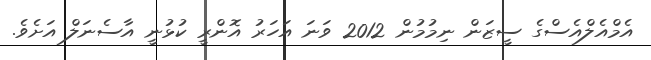
އެމްއެލްއެސްގެ ސީޒަން ނިމުމުން 2012 ވަނަ އަހަރު އޮންރީ ކުޅުނީ އާސެނަލް އަށެވެ.